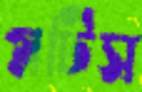
গ্লটিস